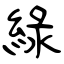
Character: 綠